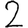
Digit: 2